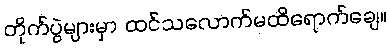
တိုက်ပွဲများမှာ ထင်သလောက်မထိရောက်ချေ။